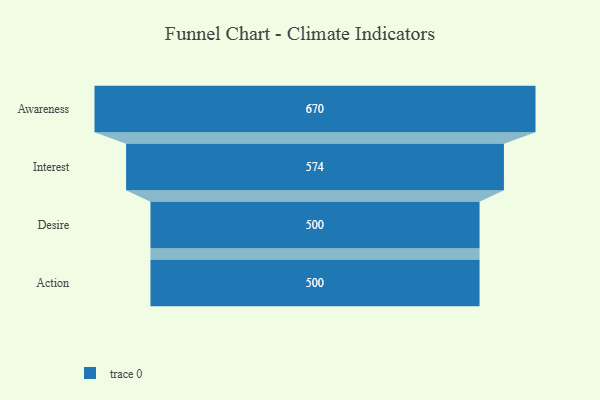
{"axis": {"x": "Stage", "y": "Value"}, "legend": [""], "data": [{"x": "Awareness", "y": 670.0, "type": ""}, {"x": "Interest", "y": 574.0, "type": ""}, {"x": "Desire", "y": 500, "type": ""}, {"x": "Action", "y": 500, "type": ""}]}